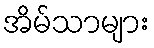
အိမ်သာများ